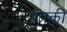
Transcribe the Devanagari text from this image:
पतकी